画像に写った文字を読んでください
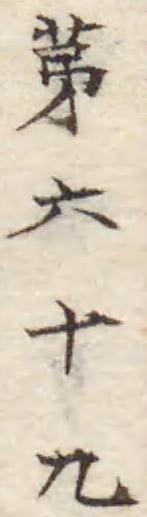
「苐六十九」と書いてあります